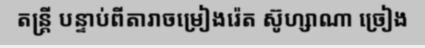
តន្ត្រី បន្ទាប់ពីតារាចម្រៀងរ៉េត ស៊ូហ្សាណា ច្រៀង